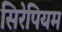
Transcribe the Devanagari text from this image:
सिरेपियम